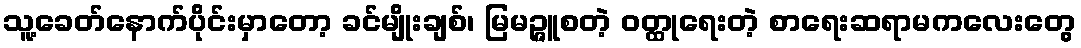
သူ့ခေတ်နောက်ပိုင်းမှာတော့ ခင်မျိုးချစ်၊ မြမဉ္ဇူစတဲ့ ဝတ္ထုရေးတဲ့ စာရေးဆရာမကလေးတွေ